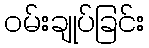
ဝမ်းချုပ်ခြင်း